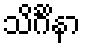
သိင်္ဂိနာ